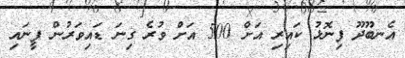
އެނބޫދޫ ފިނޮޅު ކައިރި އަށް 500 އަށް ވުރެ ގިނަ ޑައިވަރުން ފީނައި